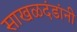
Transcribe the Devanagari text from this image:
साखळदंडांनी